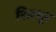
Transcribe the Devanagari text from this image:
सिरपूर